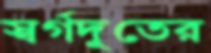
স্বর্গদূতের